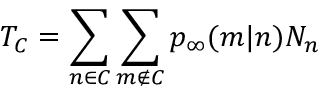
T _ { C } = \sum _ { n \in C } \sum _ { m \not \in C } p _ { \infty } ( m | n ) N _ { n }